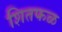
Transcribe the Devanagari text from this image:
शितफळ